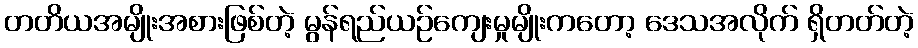
တတိယအမျိုးအစားဖြစ်တဲ့ မွန်ရည်ယဉ်ကျေးမှုမျိုးကတော့ ဒေသအလိုက် ရှိတတ်တဲ့